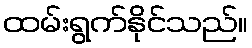
ထမ်းရွက်နိုင်သည်။